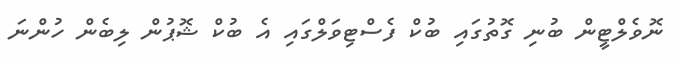
ނޮވެލްޓީން ބުނި ގޮތުގައި ބުކް ފެސްޓިވަލްގައި އެ ބުކް ޝޮޕުން ލިބެން ހުންނަ